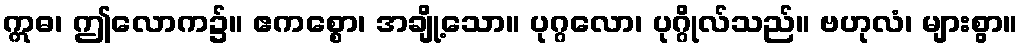
ဣဓ၊ ဤလောက၌။ ဧကစ္စော၊ အချို့သော။ ပုဂ္ဂလော၊ ပုဂ္ဂိုလ်သည်။ ဗဟုလံ၊ များစွာ။